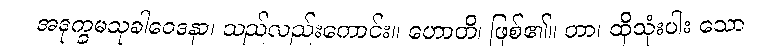
အဒုက္ခမသုခါဝေဒနာ၊ သည်လည်းကောင်း။ ဟောတိ၊ ဖြစ်၏။ တာ၊ ထိုသုံးပါး သော